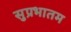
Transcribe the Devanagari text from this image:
सुप्रभातम